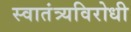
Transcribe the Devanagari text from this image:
स्वातंत्र्यविरोधी